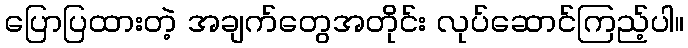
ပြောပြထားတဲ့ အချက်တွေအတိုင်း လုပ်ဆောင်ကြည့်ပါ။